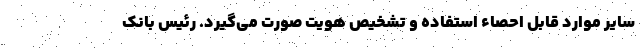
سایر موارد قابل احصاء استفاده و تشخیص هویت صورت می‌گیرد. رئیس بانک